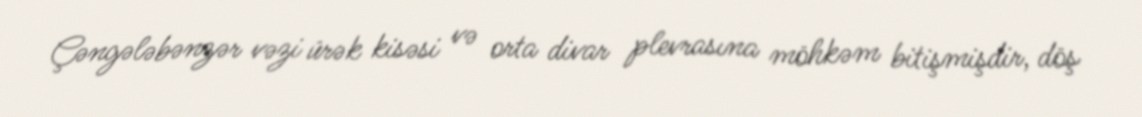
Çəngələbənzər vəzi ürək kisəsi və orta divar plevrasına möhkəm bitişmişdir, döş